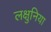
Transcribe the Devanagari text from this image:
लक्षुनिया